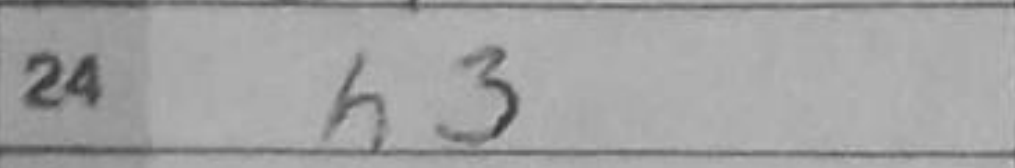
Transcription: h3